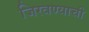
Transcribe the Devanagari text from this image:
जिरवण्याची